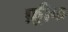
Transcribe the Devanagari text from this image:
फ़्रीक